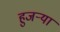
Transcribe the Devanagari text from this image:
हुजऱ्या